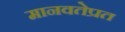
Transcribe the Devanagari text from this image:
मानवतेप्रत